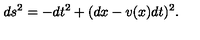
d s ^ { 2 } = - d t ^ { 2 } + ( d x - v ( x ) d t ) ^ { 2 } .